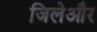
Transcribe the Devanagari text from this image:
जिलेऔर